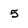
Character: 5